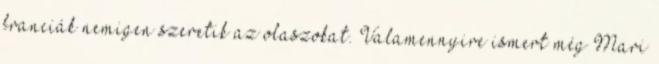
franciák nemigen szeretik az olaszokat. Valamennyire ismert még Mari